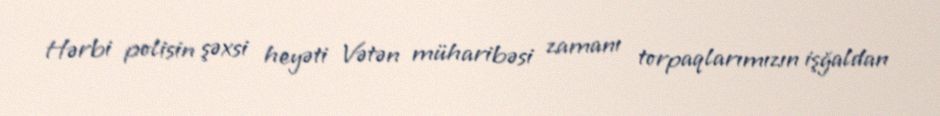
Hərbi polisin şəxsi heyəti Vətən müharibəsi zamanı torpaqlarımızın işğaldan